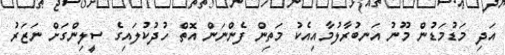
އަދި މަޑުމަޑުން މޫނު އަނބުރާލުމާއިއެކު މަތިން ފެންނަން އޮތް ހުދުކުލައިގެ ސީލިންގަށް ނަޒަރު